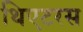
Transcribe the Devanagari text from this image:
थिएटरस